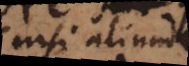
(nisi aliunde